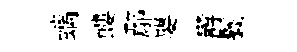
螭螻鄢嬰欝鬟